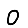
Digit: 0